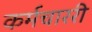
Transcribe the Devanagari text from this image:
कर्मचाररी